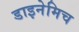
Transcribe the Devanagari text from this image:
डाइनेमिच